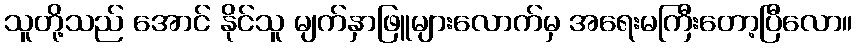
သူတို့သည် အောင် နိုင်သူ မျက်နှာဖြူများလောက်မှ အရေးမကြီးတော့ပြီလော။